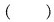
() $$\frac{\sqrt{3}}{4}$$ $$\frac{\sqrt{5}}{4}$$ $$\frac{\sqrt{3}}{2}$$ $$\frac{\sqrt{5}}{2}$$